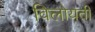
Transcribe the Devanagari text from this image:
विलोयती